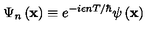
\Psi _ { n } \left( \mathbf { x } \right) \equiv e ^ { - i \epsilon n T / \hbar } \psi \left( \mathbf { x } \right)